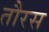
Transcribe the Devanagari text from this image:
तौरस